38_143685_box_Incident_Summaries_101-172
Agency: Department of War
Page 163
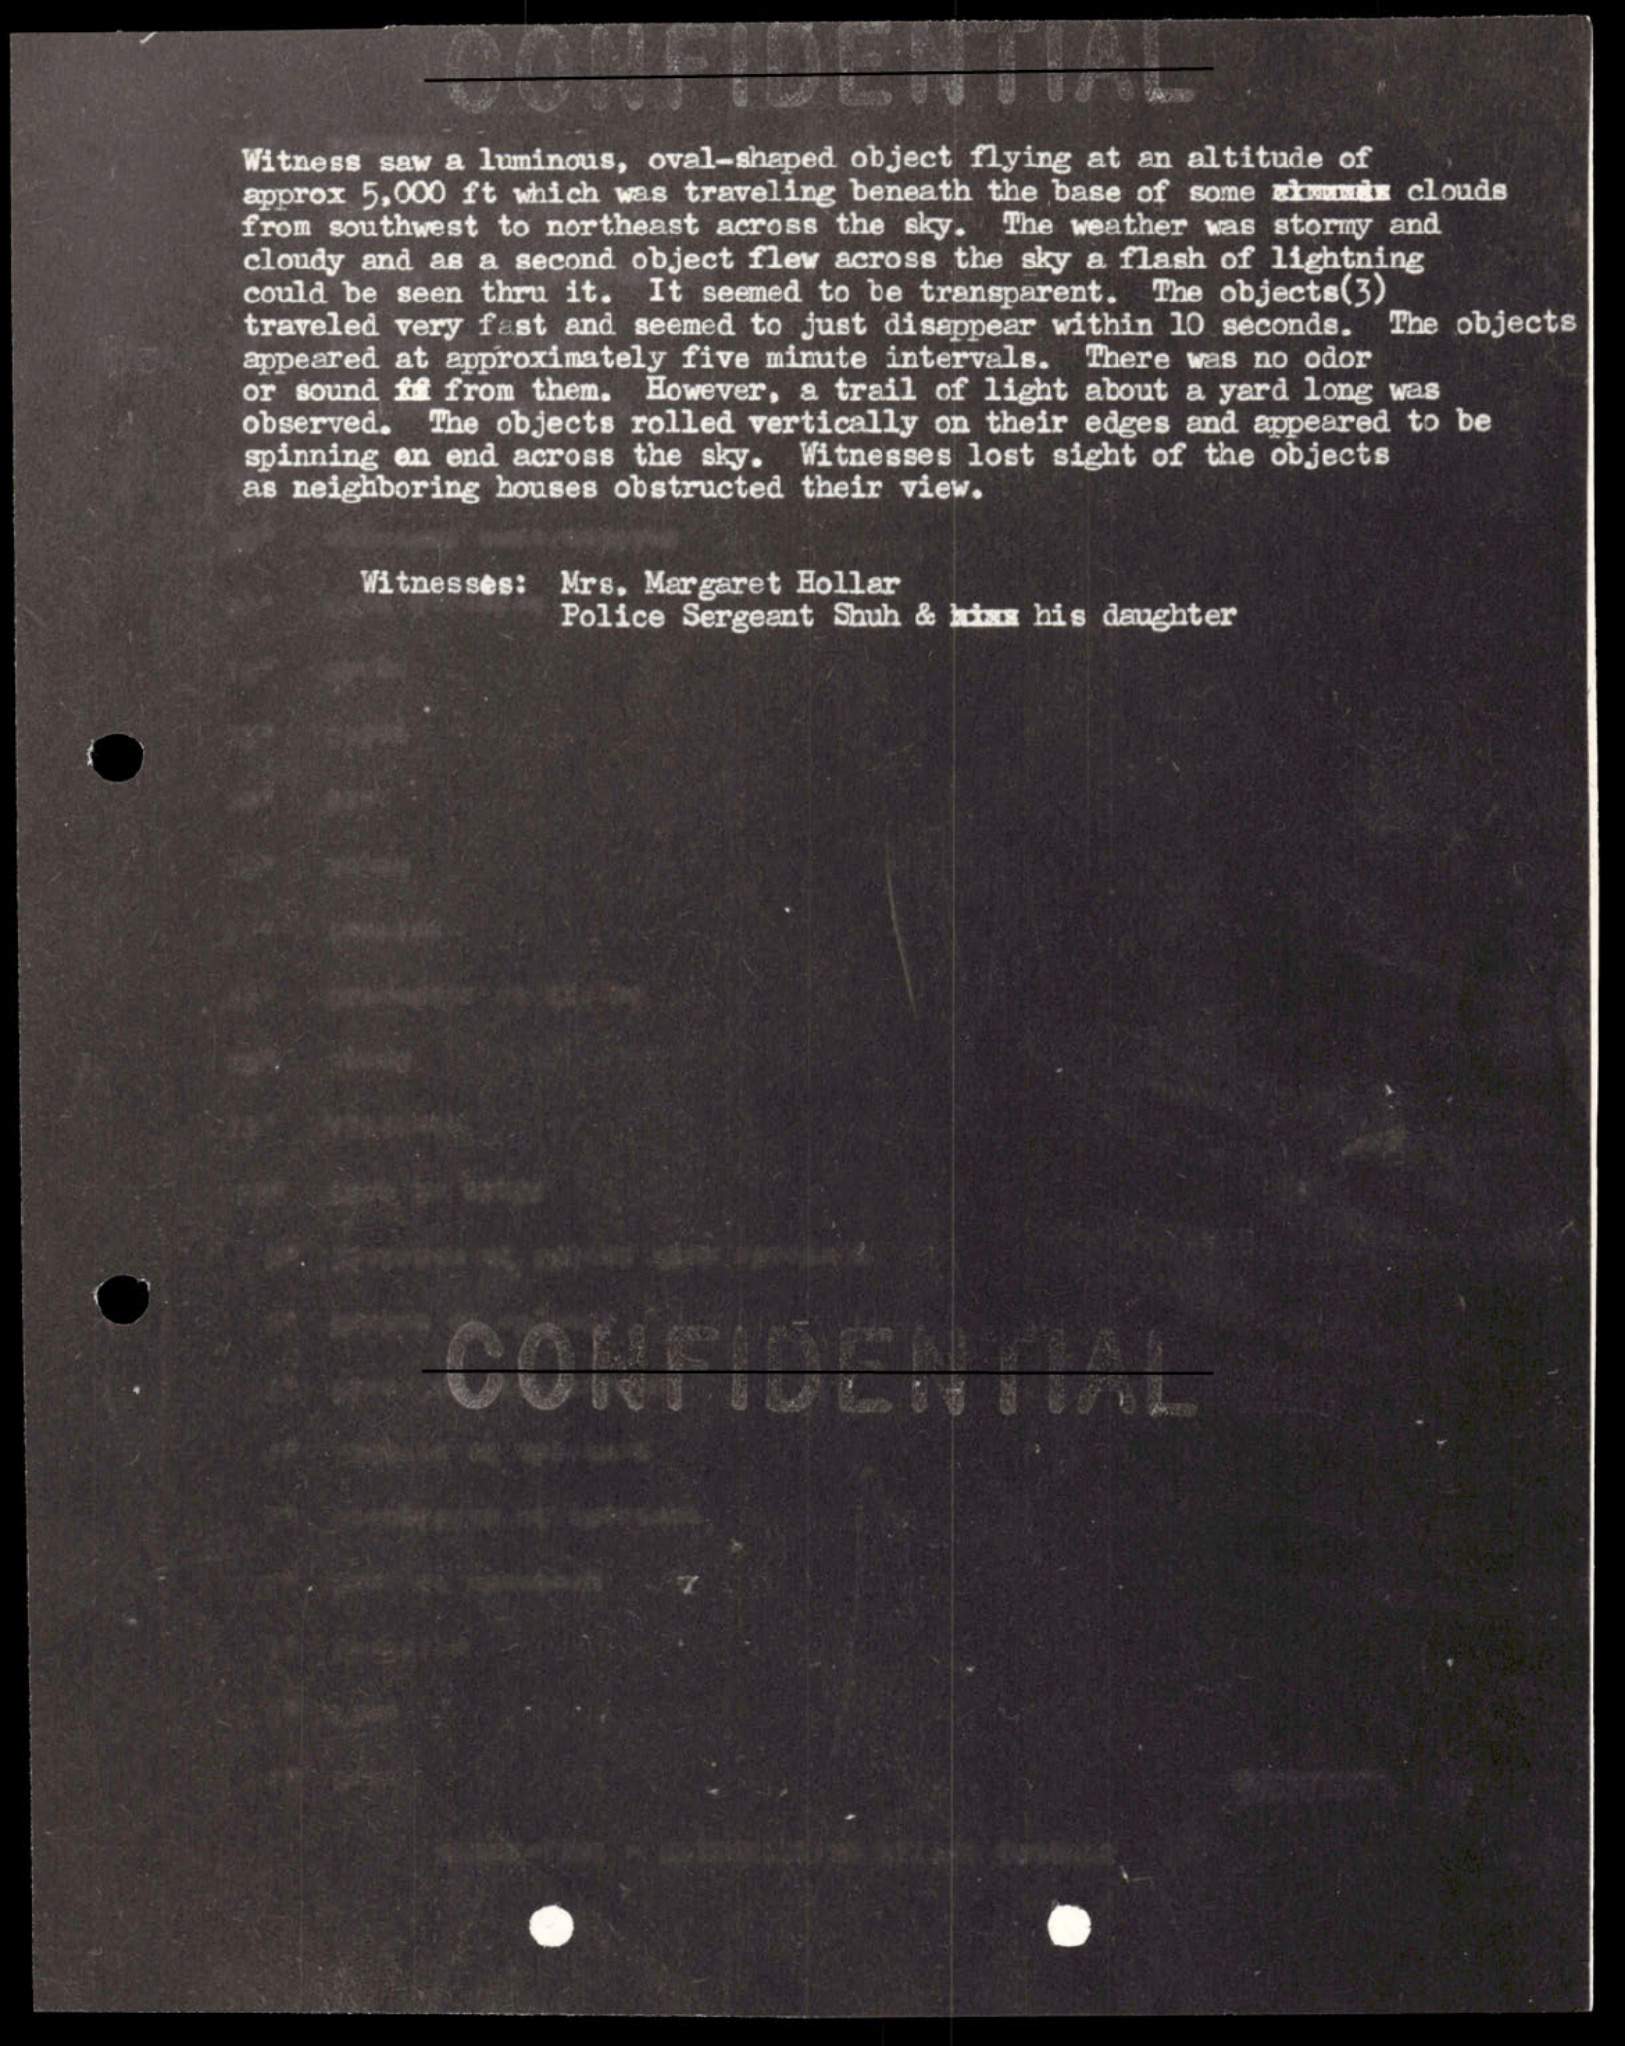